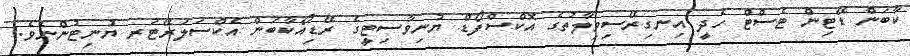
ކާބަން ޑޭޓިން ޓެސްޓް ހެދީ އިނގިރޭސިވިލާތުގެ އޮކްސްފޯޑް ޔުނިވާސިޓީގެ ރޭޑިއޯކާބަން އެކްސަލަރޭޓަރ ޔުނިޓުންނެވެ.